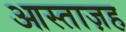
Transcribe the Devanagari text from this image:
आस्ताज़ह